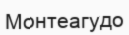
Монтеагудо